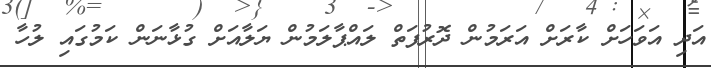
އަދި އަވަހަށް ކާރަށް އަރަމުން ދޮރުފަތް ލައްޕާލަމުން ޔަލާއަށް ގުޅާނަން ކަމުގައި ލުހާ